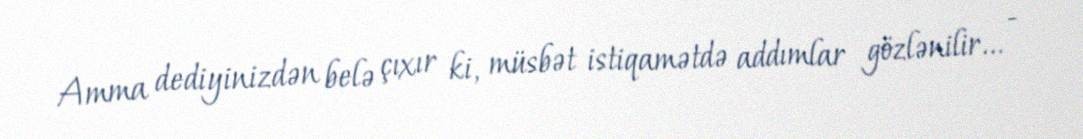
Amma dediyinizdən belə çıxır ki, müsbət istiqamətdə addımlar gözlənilir... -